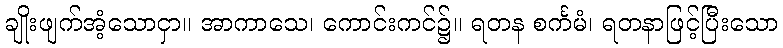
ချိုးဖျက်အံ့သောငှာ။ အာကာသေ၊ ကောင်းကင်၌။ ရတန စင်္ကမံ၊ ရတနာဖြင့်ပြီးသော